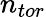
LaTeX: n_{tor}